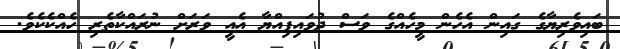
ބައިވެރިޔާގެ ގައިން އެހެން މީހެއްގެ ވަސް ދުވައިފިއްޔާ އެއީ ވަރަށް ނުރައްކާތެރި ހެއްކެކެވެ.